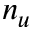
n _ { u }